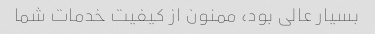
بسیار عالی بود، ممنون از کیفیت خدمات شما